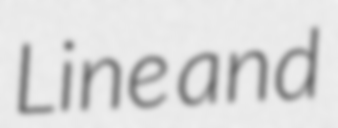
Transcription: Line and